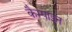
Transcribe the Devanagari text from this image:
कैम्पाइन